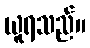
ယူရသည်။